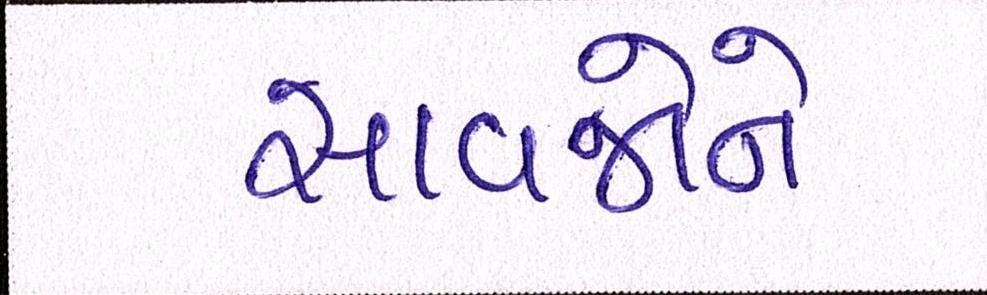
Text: સાવજોને